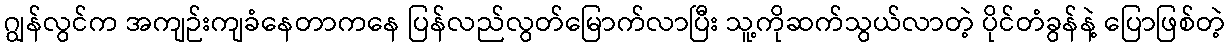
ဂျွန်လွင်က အကျဉ်းကျခံနေတာကနေ ပြန်လည်လွတ်မြောက်လာပြီး သူ့ကိုဆက်သွယ်လာတဲ့ ပိုင်တံခွန်နဲ့ ပြောဖြစ်တဲ့